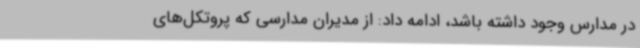
در مدارس وجود داشته باشد، ادامه داد: از مدیران مدارسی که پروتکل‌های